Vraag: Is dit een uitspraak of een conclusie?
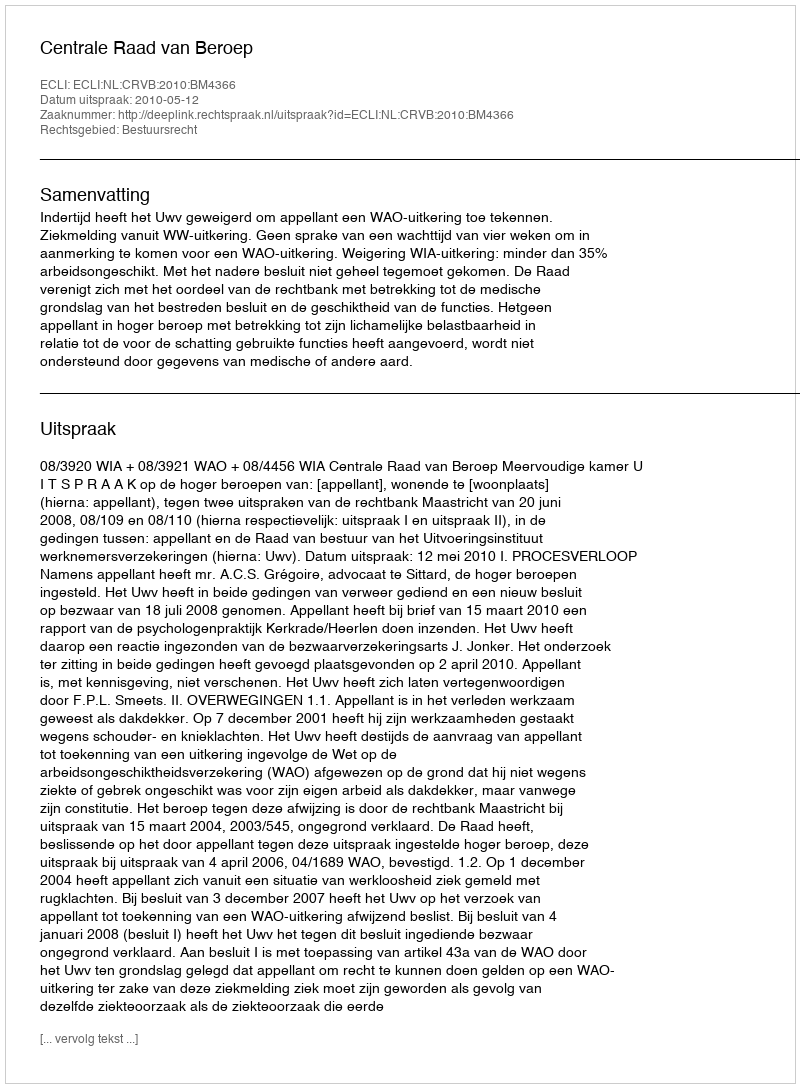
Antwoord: Uitspraak